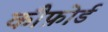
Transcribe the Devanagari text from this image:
कौफ़ोर्ड